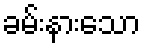
ခမ်းနားသော